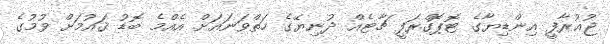
ޖުޣުރާފީ އިންޑިޔާގެ ޓޮޕޮގްރަފީ ޗާޓެއް ދުނިޔޭގެ ހަތްވަނައަށް އެއްމެ ބޮޑު ޤައުމަށް ވުމުގެ